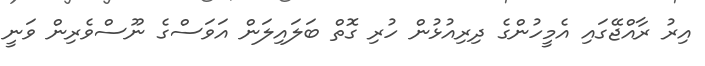
އިރު ރާއްޖޭގައި އެމީހުންގެ ދިރިއުޅުން ހުރި ގޮތް ބަލައިލަން އަވަސްގެ ނޫސްވެރިން ވަނީ